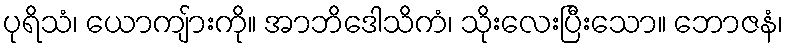
ပုရိသံ၊ ယောကျ်ားကို။ အာဘိဒေါသိကံ၊ သိုးလေးပြီးသော။ ဘောဇနံ၊